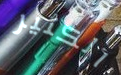
الكثير